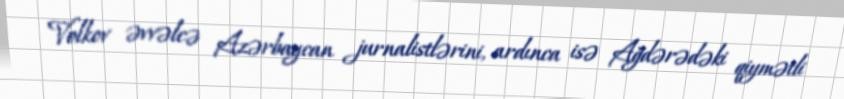
Volkov əvvəlcə Azərbaycan jurnalistlərini, ardınca isə Ağdərədəki qiymətli